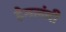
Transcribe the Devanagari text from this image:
हेमलंबी